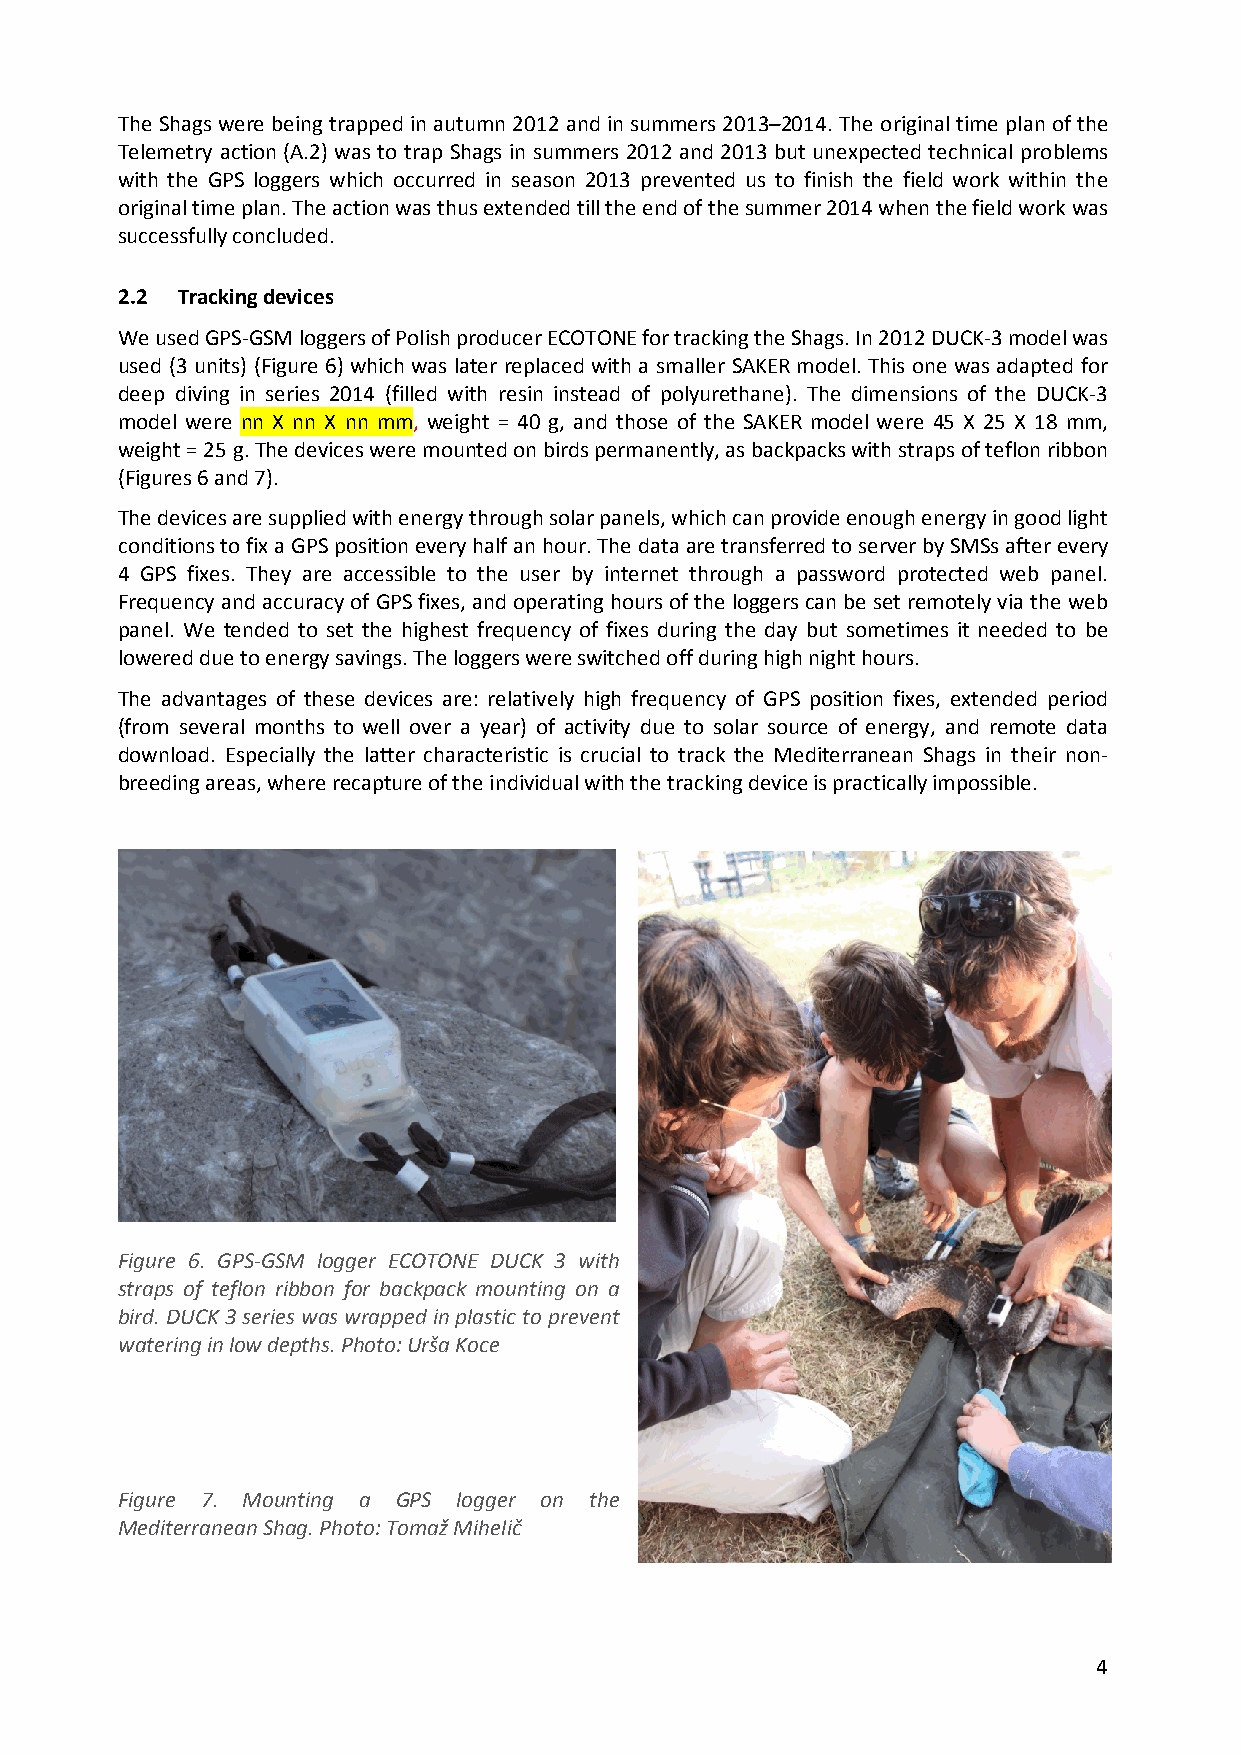
The Shags were being trapped in autumn 2012 and in summers 2013–2014. The original time plan of the
 Telemetry action (A.2) was to trap Shags in summers 2012 and 2013 but unexpected technical problems
 with the GPS loggers which occurred in season 2013 prevented us to finish the field work within the
 original time plan. The action was thus extended till the end of the summer 2014 when the field work was
 successfully concluded.
 2.2 Tracking devices
 We used GPS-GSM loggers of Polish producer ECOTONE for tracking the Shags. In 2012 DUCK-3 model was
 used (3 units) (Figure 6) which was later replaced with a smaller SAKER model. This one was adapted for
 deep diving in series 2014 (filled with resin instead of polyurethane). The dimensions of the DUCK-3
 model were nn X nn X nn mm, weight = 40 g, and those of the SAKER model were 45 X 25 X 18 mm,
 weight = 25 g. The devices were mounted on birds permanently, as backpacks with straps of teflon ribbon
 (Figures 6 and 7).
 The devices are supplied with energy through solar panels, which can provide enough energy in good light
 conditions to fix a GPS position every half an hour. The data are transferred to server by SMSs after every
 4 GPS fixes. They are accessible to the user by internet through a password protected web panel.
 Frequency and accuracy of GPS fixes, and operating hours of the loggers can be set remotely via the web
 panel. We tended to set the highest frequency of fixes during the day but sometimes it needed to be
 lowered due to energy savings. The loggers were switched off during high night hours.
 The advantages of these devices are: relatively high frequency of GPS position fixes, extended period
 (from several months to well over a year) of activity due to solar source of energy, and remote data
 download. Especially the latter characteristic is crucial to track the Mediterranean Shags in their non-
 breeding areas, where recapture of the individual with the tracking device is practically impossible.
 Figure 6. GPS-GSM logger ECOTONE DUCK 3 with
 straps of teflon ribbon for backpack mounting on a
 bird. DUCK 3 series was wrapped in plastic to prevent
 watering in low depths. Photo: Urša Koce
 Figure 7. Mounting a GPS logger on the
 Mediterranean Shag. Photo: Tomaž Mihelič
 4